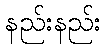
နည်းနည်း